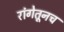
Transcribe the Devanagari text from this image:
रांगेतूनच